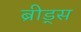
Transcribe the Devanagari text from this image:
ब्रीड्स